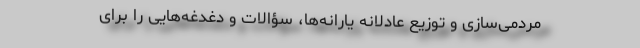
مردمی‌سازی‌ و توزیع عادلانه یارانه‌ها، سؤالات و دغدغه‌هایی را برای